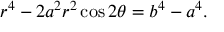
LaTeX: r ^ { 4 } - 2 a ^ { 2 } r ^ { 2 } \cos 2 \theta = b ^ { 4 } - a ^ { 4 } .